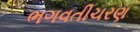
ભગવતીચરણ